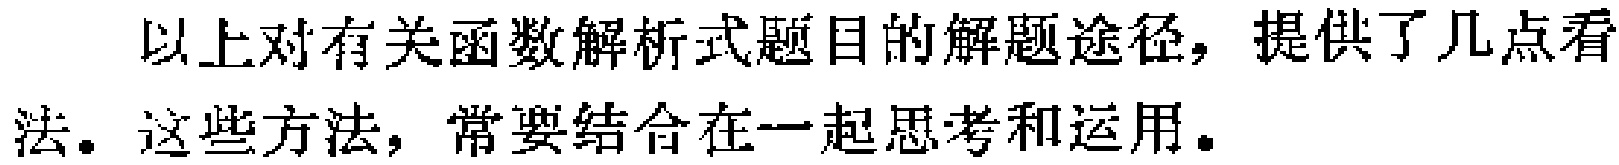
以上对有关函数解析式题目的解题途径，提供了几点看法。这些方法，常要结合在一起思考和运用。